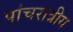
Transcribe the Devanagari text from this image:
पांचरात्रीय